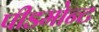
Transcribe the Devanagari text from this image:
पीडमोन्ट